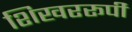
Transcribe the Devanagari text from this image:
शिखररूपी